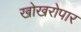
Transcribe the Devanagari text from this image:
खोखरोपार